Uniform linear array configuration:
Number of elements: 16
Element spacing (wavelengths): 0.5
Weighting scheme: blackman
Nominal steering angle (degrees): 60
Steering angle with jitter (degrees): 58.167
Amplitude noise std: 0.05
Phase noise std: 0.05

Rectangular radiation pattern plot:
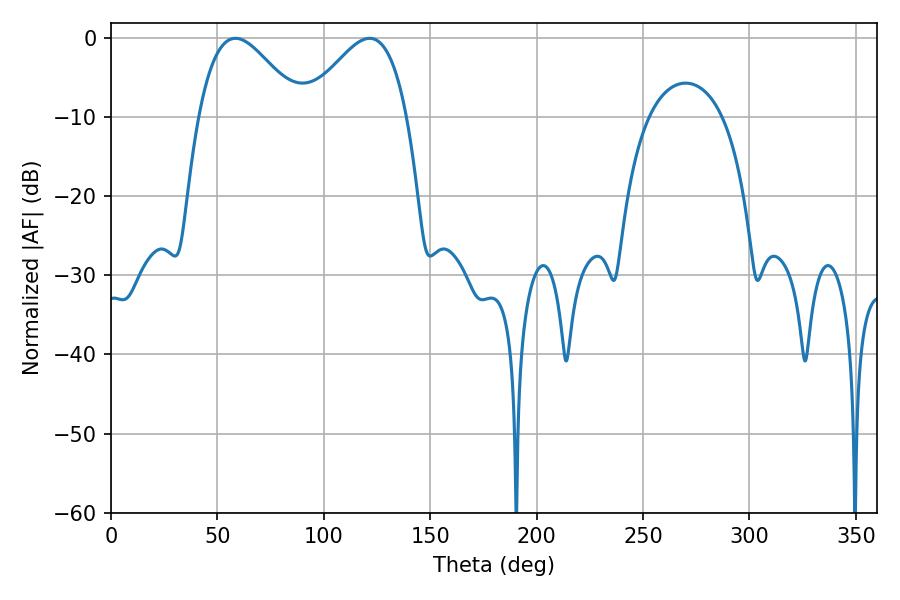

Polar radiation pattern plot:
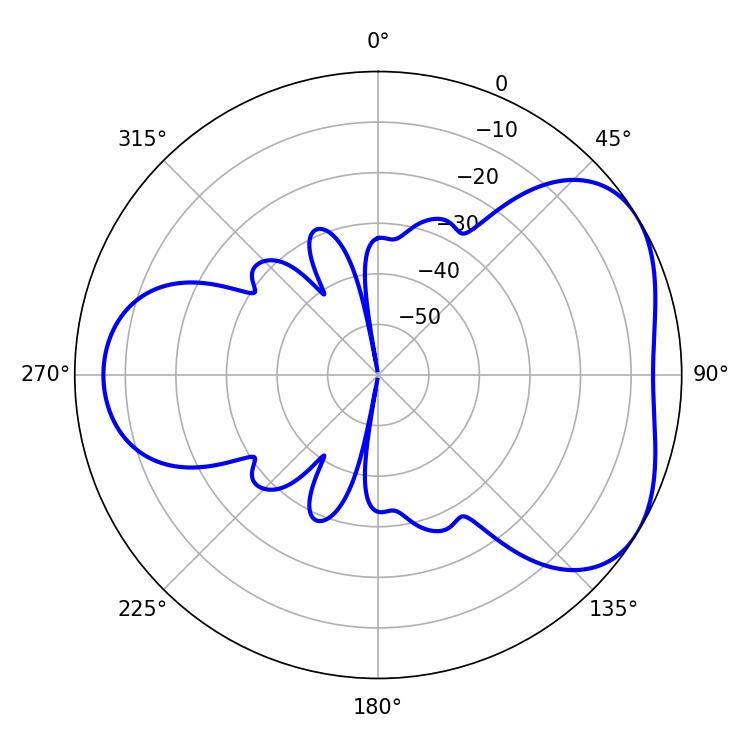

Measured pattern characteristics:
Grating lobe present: FALSE
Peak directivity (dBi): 4.385
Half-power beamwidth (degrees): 25.92
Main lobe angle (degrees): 58.5